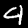
Digit: 4